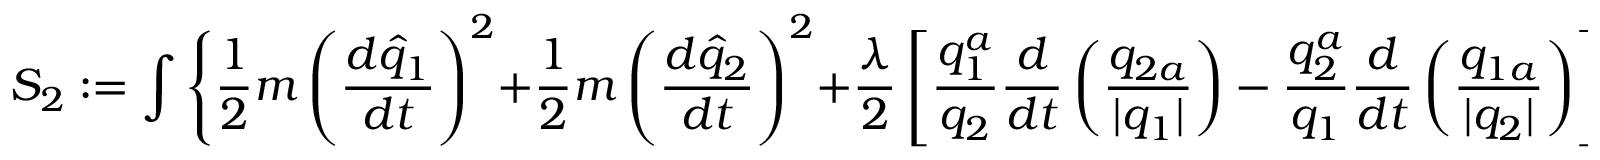
S _ { 2 } : = \int \Bigg \{ \frac { 1 } { 2 } m \left( \frac { d \widehat { q } _ { 1 } } { d t } \right) ^ { 2 } + \frac { 1 } { 2 } m \left( \frac { d \widehat { q } _ { 2 } } { d t } \right) ^ { 2 } + \frac { \lambda } { 2 } \left[ \frac { q _ { 1 } ^ { a } } { q _ { 2 } } \frac { d } { d t } \left( \frac { q _ { 2 a } } { \vert q _ { 1 } \vert } \right) - \frac { q _ { 2 } ^ { a } } { q _ { 1 } } \frac { d } { d t } \left( \frac { q _ { 1 a } } { \vert q _ { 2 } \vert } \right) \right] \Bigg \} d t ,